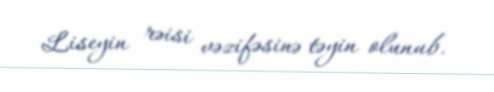
Liseyin rəisi vəzifəsinə təyin olunub.